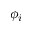
\phi _ { i }